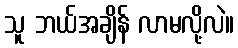
သူ ဘယ်အချိန် လာမလို့လဲ။